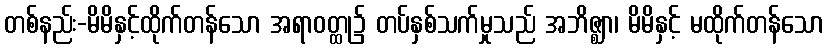
တစ်နည်း-မိမိနှင့်ထိုက်တန်သော အရာဝတ္ထု၌ တပ်နှစ်သက်မှုသည် အဘိဇ္ဈာ၊ မိမိနှင့် မထိုက်တန်သော